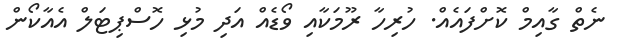
ނެތް ގާއިމް ކޮށްފައެއް. ހުރިހާ ރޫމަކާއި ވޯޑެއް އަދި މުޅި ހޮސްޕިޓަލް އެއާކޯން